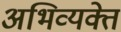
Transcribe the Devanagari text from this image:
अभिव्यक्ते